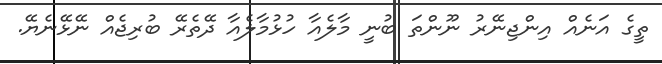
ތީގެ އަނެއް އިންޖިނޭރު ނޫންތަ ބުނީ މާލެއާ ހުޅުމާލެއާ ދޭތެރޭ ބުރިޖެއް ނޭޅޭނެޔޭ.